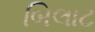
બિલાટ